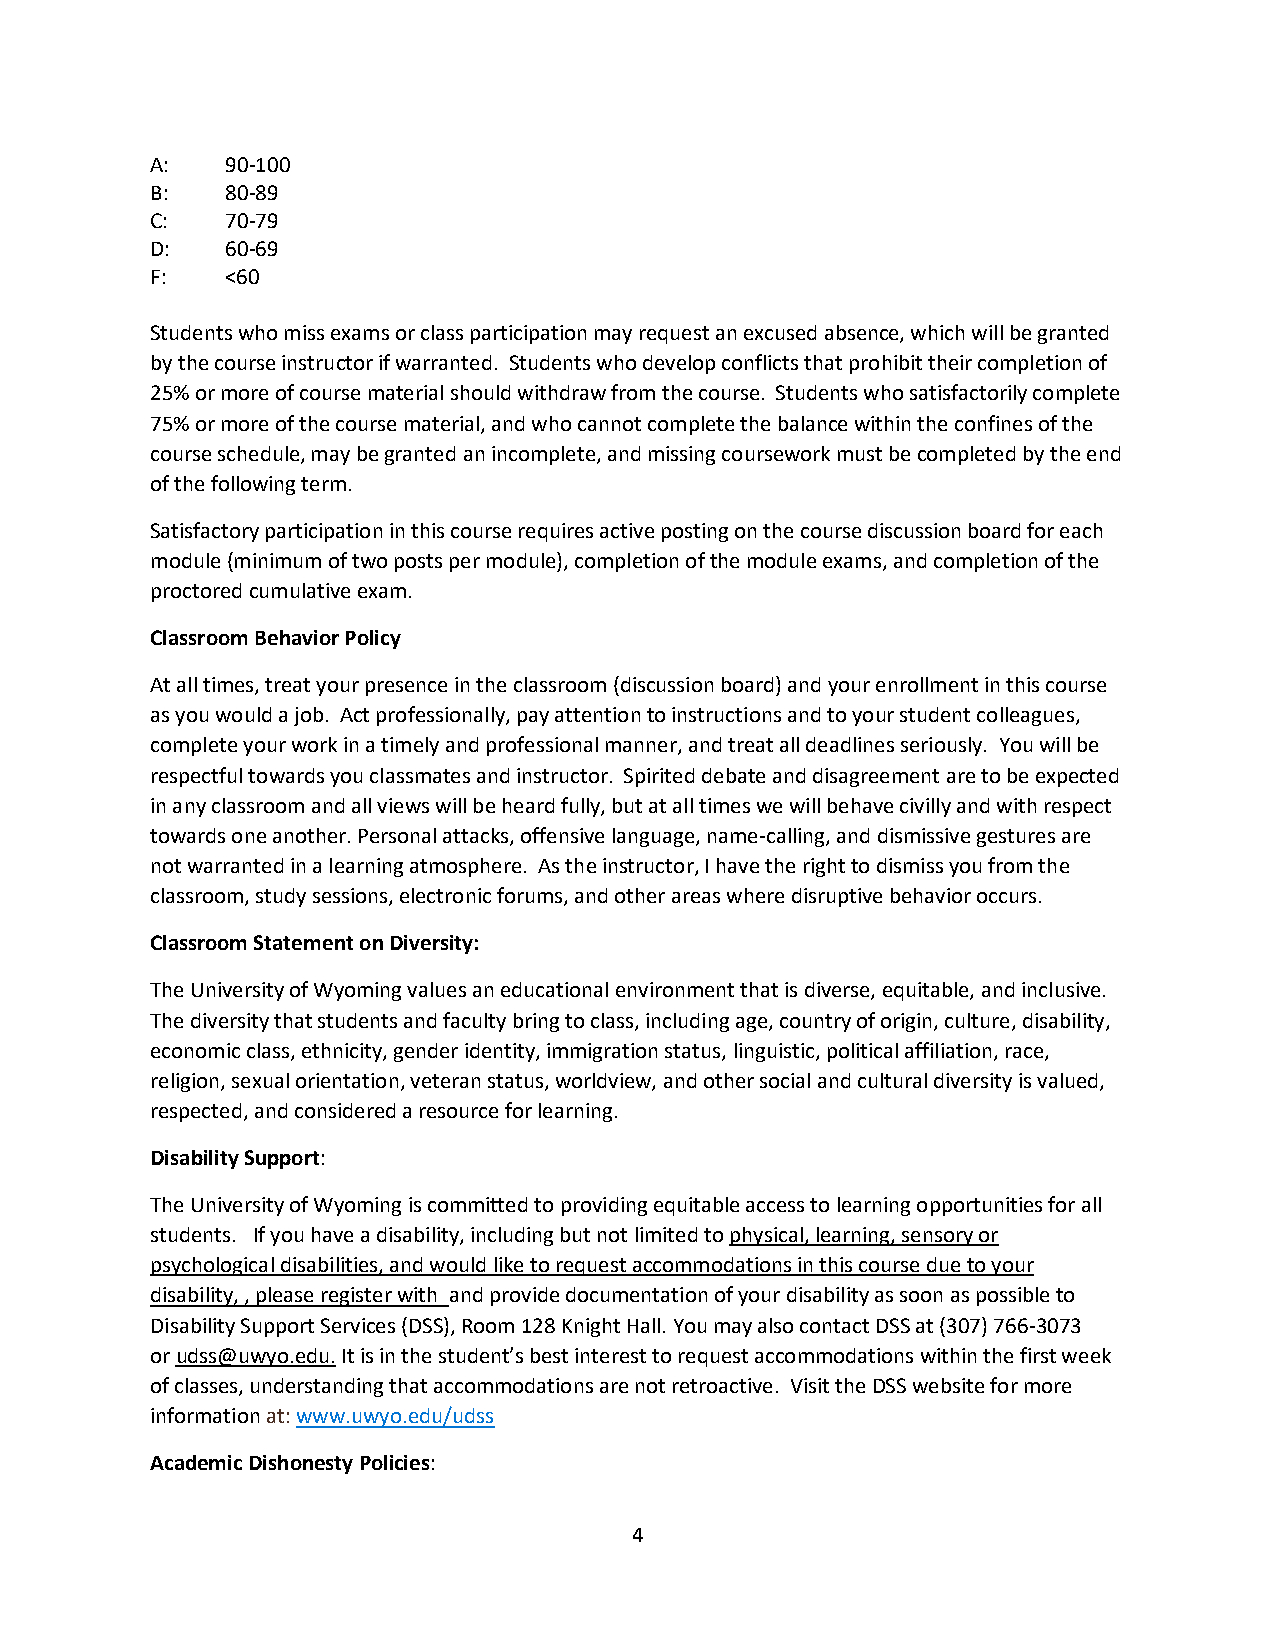
A:   90-100
 B:   80-89
 C:   70-79
 D:   60-69
 F:   <60
 Students who miss exams or class participation may request an excused absence, which will be granted
 by the course instructor if warranted. Students who develop conflicts that prohibit their completion of
 25% or more of course material should withdraw from the course. Students who satisfactorily complete
 75% or more of the course material, and who cannot complete the balance within the confines of the
 course schedule, may be granted an incomplete, and missing coursework must be completed by the end
 of the following term.
 Satisfactory participation in this course requires active posting on the course discussion board for each
 module (minimum of two posts per module), completion of the module exams, and completion of the
 proctored cumulative exam.
 Classroom Behavior Policy
 At all times, treat your presence in the classroom (discussion board) and your enrollment in this course
 as you would a job. Act professionally, pay attention to instructions and to your student colleagues,
 complete your work in a timely and professional manner, and treat all deadlines seriously. You will be
 respectful towards you classmates and instructor. Spirited debate and disagreement are to be expected
 in any classroom and all views will be heard fully, but at all times we will behave civilly and with respect
 towards one another. Personal attacks, offensive language, name-calling, and dismissive gestures are
 not warranted in a learning atmosphere. As the instructor, I have the right to dismiss you from the
 classroom, study sessions, electronic forums, and other areas where disruptive behavior occurs.
 Classroom Statement on Diversity:
 The University of Wyoming values an educational environment that is diverse, equitable, and inclusive.
 The diversity that students and faculty bring to class, including age, country of origin, culture, disability,
 economic class, ethnicity, gender identity, immigration status, linguistic, political affiliation, race,
 religion, sexual orientation, veteran status, worldview, and other social and cultural diversity is valued,
 respected, and considered a resource for learning.
 Disability Support:
 The University of Wyoming is committed to providing equitable access to learning opportunities for all
 students. If you have a disability, including but not limited to physical, learning, sensory or
 psychological disabilities, and would like to request accommodations in this course due to your
 disability, , please register with and provide documentation of your disability as soon as possible to
 Disability Support Services (DSS), Room 128 Knight Hall. You may also contact DSS at (307) 766-3073
 or udss@uwyo.edu. It is in the student’s best interest to request accommodations within the first week
 of classes, understanding that accommodations are not retroactive. Visit the DSS website for more
 information at: www.uwyo.edu/udss
 Academic Dishonesty Policies:
 4